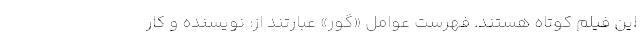
این فیلم کوتاه هستند. فهرست عوامل «گور» عبارتند از: نویسنده و کار